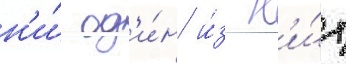
н'и́ од'и́н и́з н'и́х